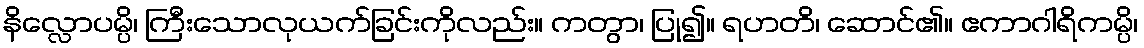
နိလ္လောပမ္ပိ၊ ကြီးသောလုယက်ခြင်းကိုလည်း။ ကတွာ၊ ပြု၍။ ရဟတိ၊ ဆောင်၏။ ဧကာဂါရိကမ္ပိ၊